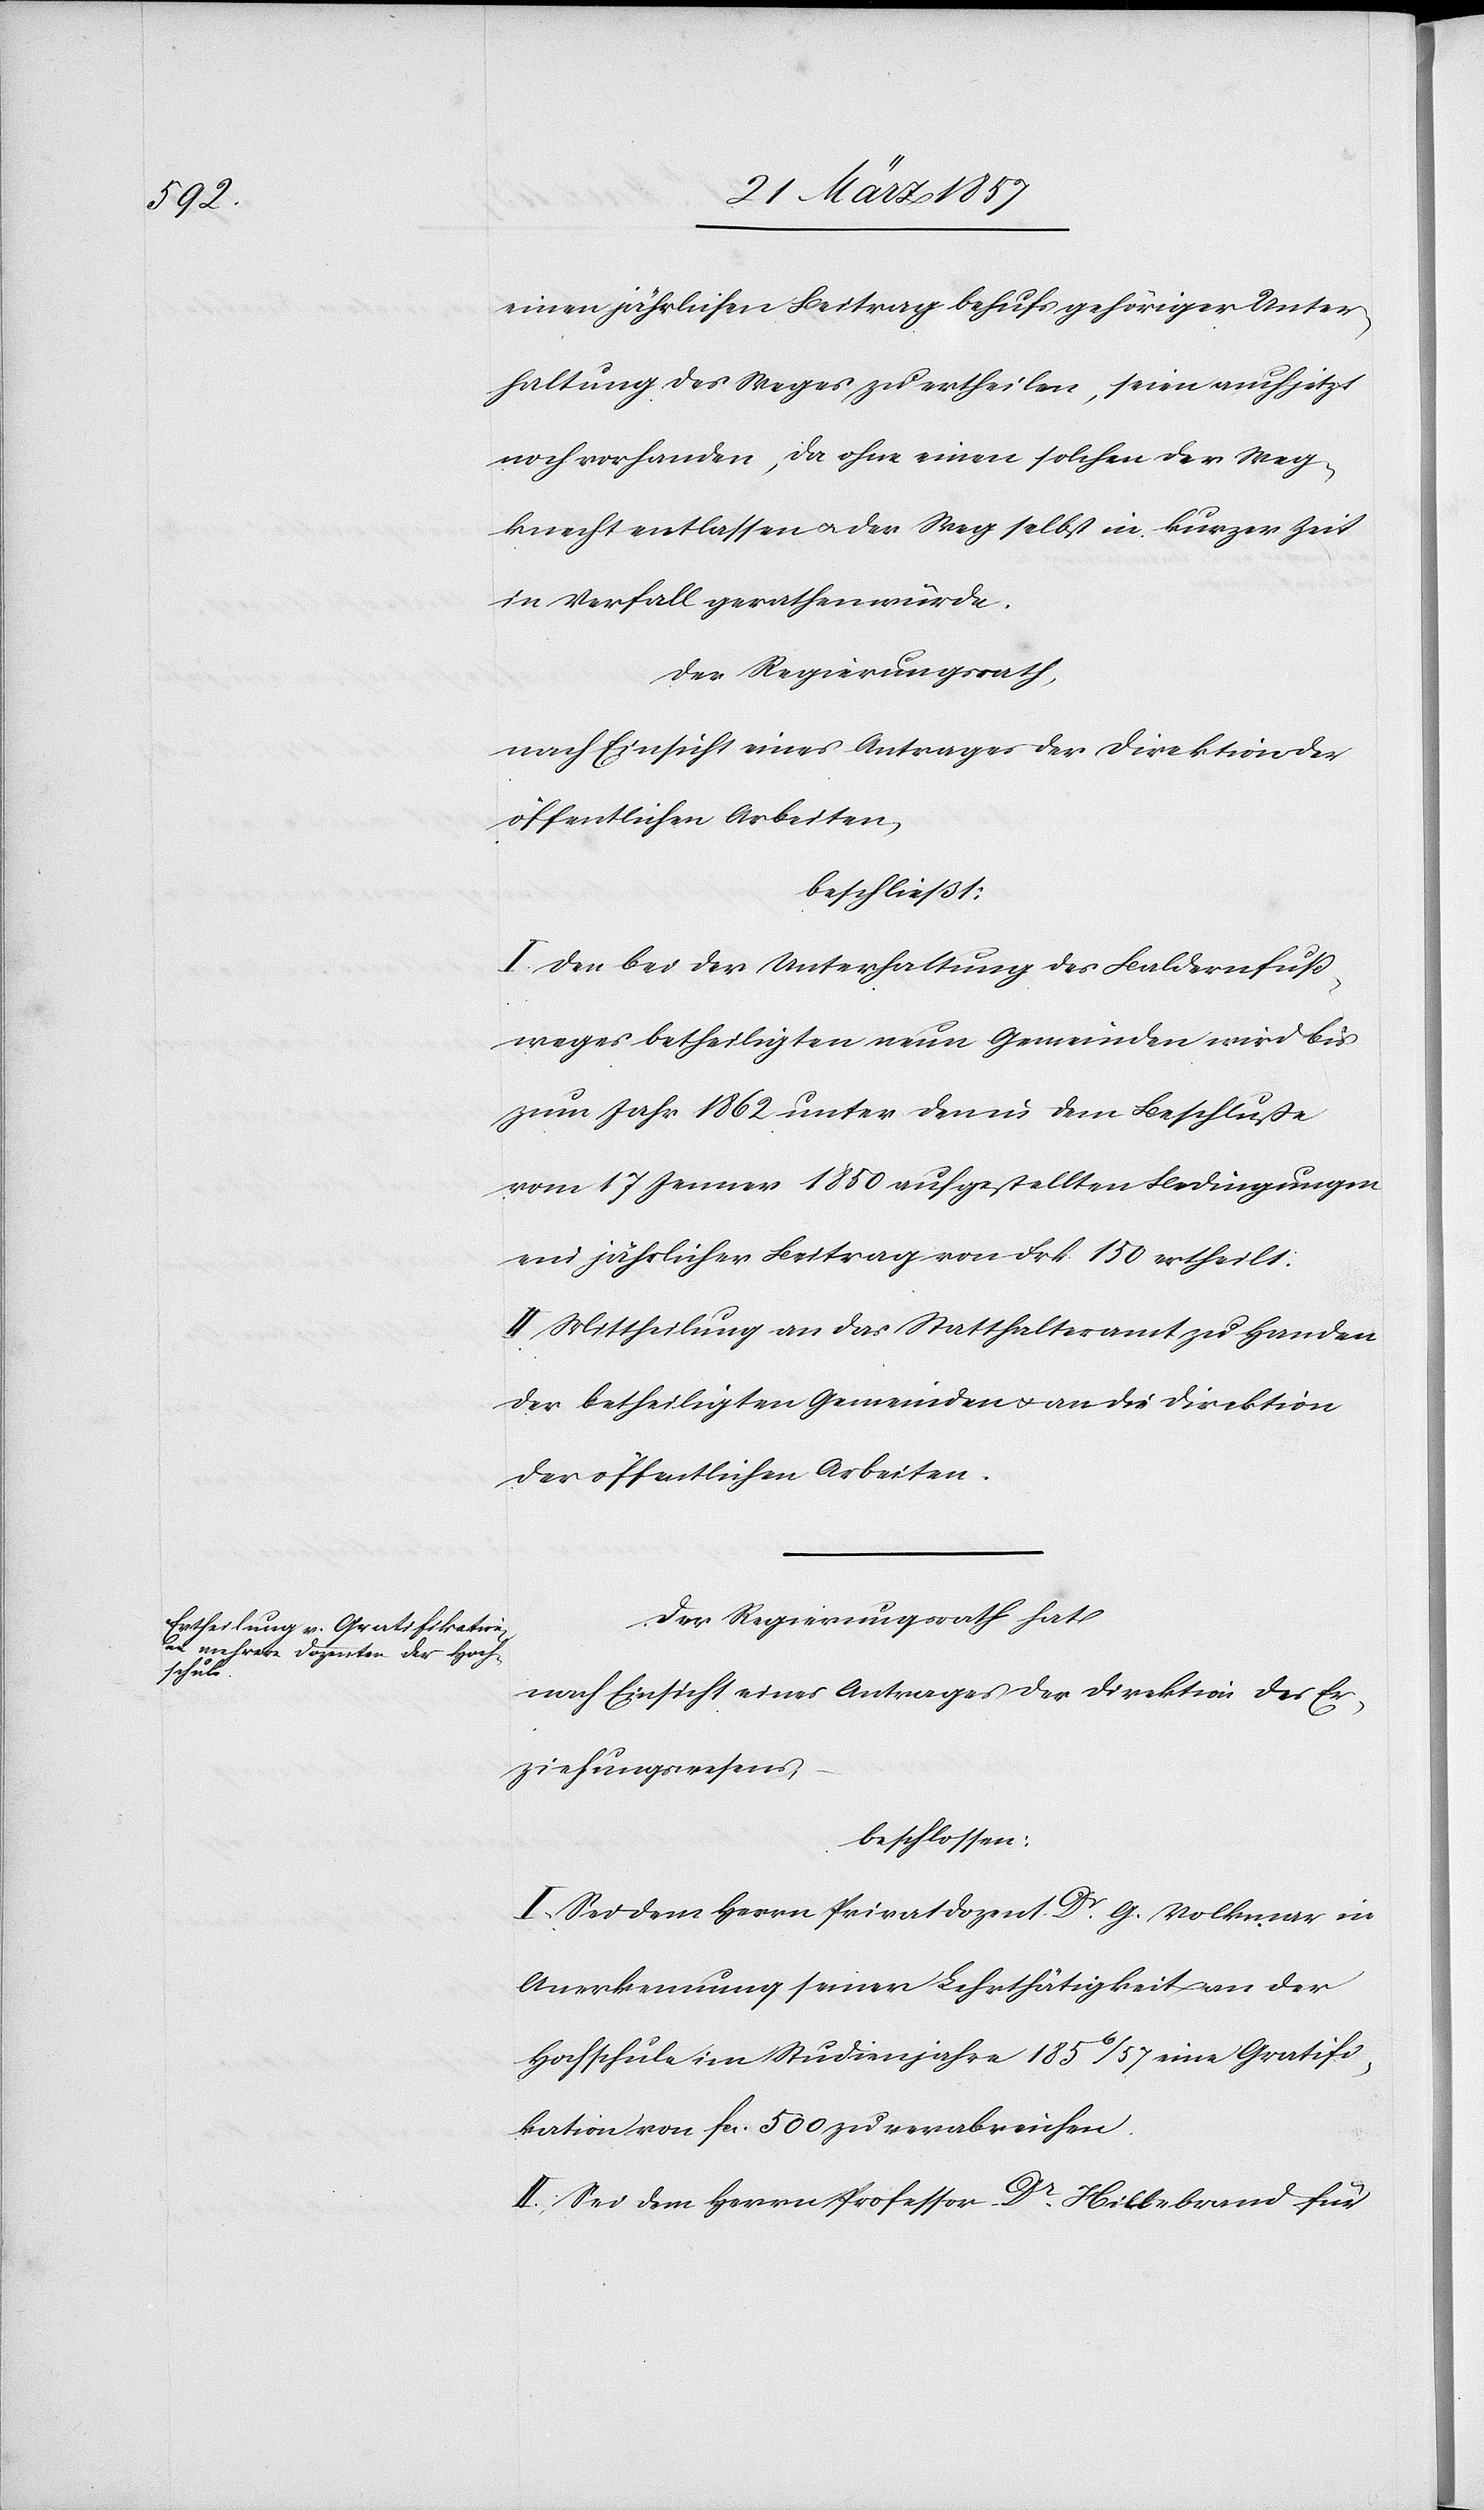
einen jährlichen Beitrag behufs gehöriger Unter¬
haltung des Weges zu ertheilen, seien auch jetzt
noch vorhanden, da ohne einen solchen der Weg¬
knecht entlassen u. der Weg selbst in kurzer Zeit
in Verfall gerathen würde.
Der Regierungsrath,
nach Einsicht eines Antrages der Direktion der
öffentlichen Arbeiten,
beschließt:
I. Den bei der Unterhaltung des Baldernfuß¬
weges betheiligten neun Gemeinden wird bis
zum Jahr 1862 unter den in dem Beschlusse
vom 17 Jenner 1850 aufgestellten Bedingungen
ein jährlicher Beitrag von Frk. 150 ertheilt.
II. Mittheilung an das Statthalteramt zu Handen
der betheiligten Gemeinden u. an die Direktion
der öffentlichen Arbeiten.
Der Regierungsrath hat
nach Einsicht eines Antrages der Direktion des Er¬
ziehungswesens,
beschlossen:
I. Sei dem Herrn Privatdozent Dr G. Volkmar in
Anerkennung seiner Lehrthätigkeit an der
Hochschule im Studienjahre 1856/57 eine Gratifi¬
kation von fr. 500 zu verabreichen.
II. Sei dem Herrn Professor Dr Hiltebrand für